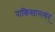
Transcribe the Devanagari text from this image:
पाकिस्तान।सन्